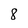
Character: 8